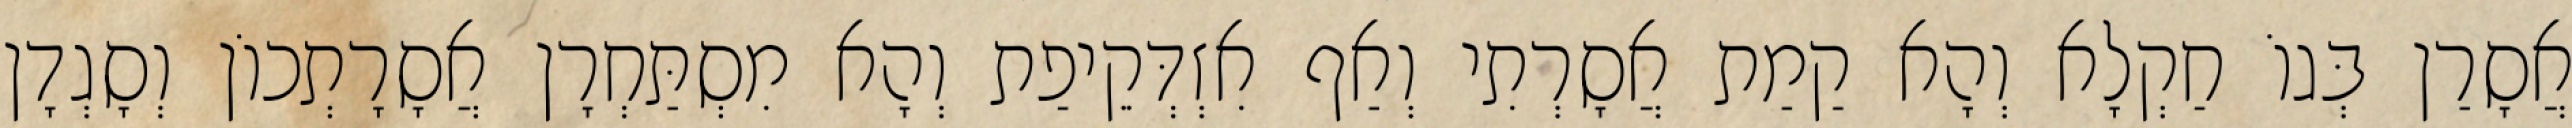
אֲסָרַן בְּגוֹ חַקְלָא וְהָא קַמַת אֲסָרְתִי וְאַף אִזְדְּקֵיפַת וְהָא מִסְתַּחְרָן אֲסָרָתְכוֹן וְסָגְדָן